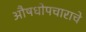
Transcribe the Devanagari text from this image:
औषधोपचाराचे